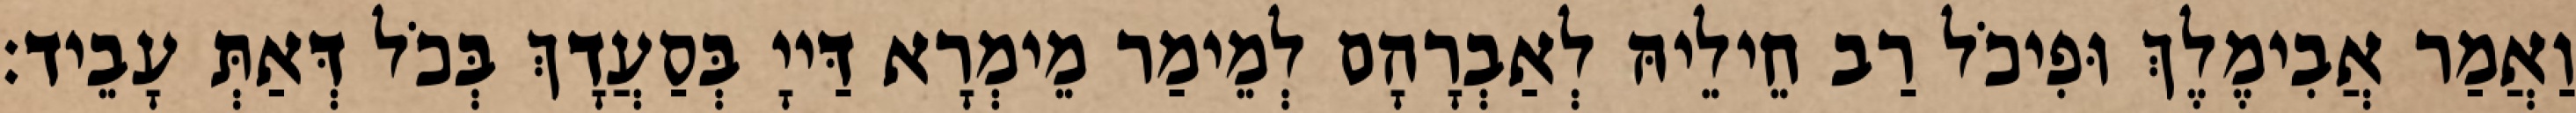
וַאֲמַר אֲבִימֶלֶךְ וּפִיכֹל רַב חֵילֵיהּ לְאַבְרָהָם לְמֵימַר מֵימְרָא דַּייָ בְּסַעֲדָךְ בְּכֹל דְּאַתְּ עָבֵיד׃